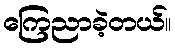
ကြေညာခဲ့တယ်။